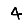
Digit: 4